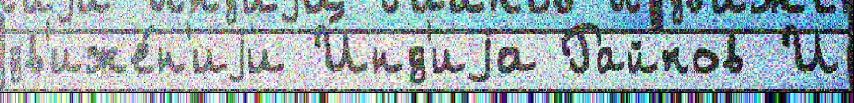
дв'иже́н'иjи И́нд'иjа Райков И